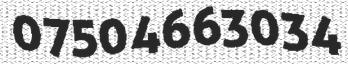
07504663034